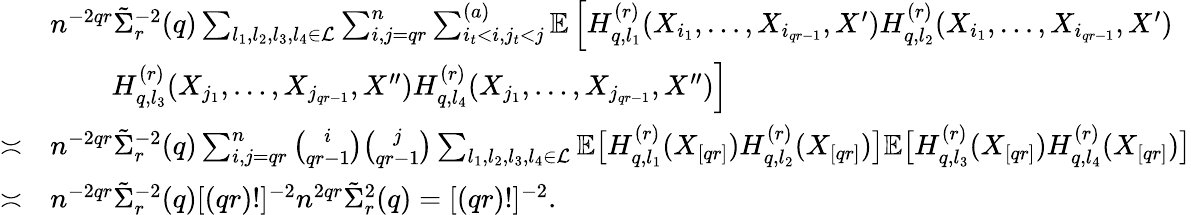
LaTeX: \begin{array}{rl}&{n^{-2qr}\tilde{\Sigma}_{r}^{-2}(q)\sum_{l_{1},l_{2},l_{3},l_{4}\in\mathcal{L}}\sum_{i,j=qr}^{n}\sum_{i_{t}<i,j_{t}<j}^{(a)}\mathbb{E}\left[H_{q,l_{1}}^{(r)}(X_{i_{1}},\ldots,X_{i_{qr-1}},X^{\prime})H_{q,l_{2}}^{(r)}(X_{i_{1}},\ldots,X_{i_{qr-1}},X^{\prime})\right.}\\ &{~~~~~~~~\left.H_{q,l_{3}}^{(r)}(X_{j_{1}},\ldots,X_{j_{qr-1}},X^{\prime\prime})H_{q,l_{4}}^{(r)}(X_{j_{1}},\ldots,X_{j_{qr-1}},X^{\prime\prime})\right]}\\ {\asymp}&{n^{-2qr}\tilde{\Sigma}_{r}^{-2}(q)\sum_{i,j=qr}^{n}\binom{i}{qr-1}\binom{j}{qr-1}\sum_{l_{1},l_{2},l_{3},l_{4}\in\mathcal{L}}\mathbb{E}\big[H_{q,l_{1}}^{(r)}(X_{[qr]})H_{q,l_{2}}^{(r)}(X_{[qr]})\big]\mathbb{E}\big[H_{q,l_{3}}^{(r)}(X_{[qr]})H_{q,l_{4}}^{(r)}(X_{[qr]})\big]}\\ {\asymp}&{n^{-2qr}\tilde{\Sigma}_{r}^{-2}(q)[(qr)!]^{-2}n^{2qr}\tilde{\Sigma}_{r}^{2}(q)=[(qr)!]^{-2}.}\end{array}